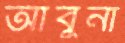
আবুনা